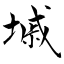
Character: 墄